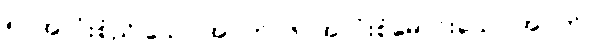
၅။ အလုံးစုံညိုသော အဝတ်၊ ၆။ အလုံးစုံမောင်းသော အဝတ်၊